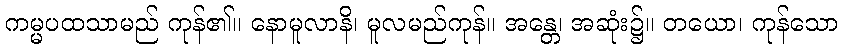
ကမ္မပထသာမည် ကုန်၏။ နောမူလာနိ၊ မူလမည်ကုန်။ အန္တေ၊ အဆုံး၌။ တယော၊ ကုန်သော